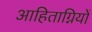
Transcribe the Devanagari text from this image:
आहिताग्नियों